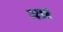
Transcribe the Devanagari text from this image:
वष्र